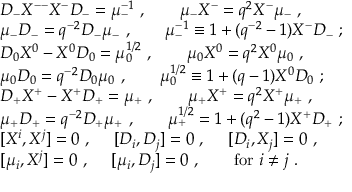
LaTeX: \begin{array} { l } { { { \cal D } _ { - } { \cal X } ^ { -- } { \cal X } ^ { - } { \cal D } _ { - } = \mu _ { - } ^ { - 1 } ~ , ~ ~ ~ ~ ~ ~ \mu _ { - } { \cal X } ^ { - } = q ^ { 2 } { \cal X } ^ { - } \mu _ { - } ~ , } } \\ { { \mu _ { - } { \cal D } _ { - } = q ^ { - 2 } { \cal D } _ { - } \mu _ { - } ~ , ~ ~ ~ ~ ~ ~ \mu _ { - } ^ { - 1 } \equiv 1 + ( q ^ { - 2 } - 1 ) { \cal X } ^ { - } { \cal D } _ { - } ~ ; } } \\ { { { \cal D } _ { 0 } { \cal X } ^ { 0 } - { \cal X } ^ { 0 } { \cal D } _ { 0 } = \mu _ { 0 } ^ { 1 / 2 } ~ , ~ ~ ~ ~ ~ ~ \mu _ { 0 } { \cal X } ^ { 0 } = q ^ { 2 } { \cal X } ^ { 0 } \mu _ { 0 } ~ , } } \\ { { \mu _ { 0 } { \cal D } _ { 0 } = q ^ { - 2 } { \cal D } _ { 0 } \mu _ { 0 } ~ , ~ ~ ~ ~ ~ ~ \mu _ { 0 } ^ { 1 / 2 } \equiv 1 + ( q - 1 ) { \cal X } ^ { 0 } { \cal D } _ { 0 } ~ ; } } \\ { { { \cal D } _ { + } { \cal X } ^ { + } - { \cal X } ^ { + } { \cal D } _ { + } = \mu _ { + } ~ , ~ ~ ~ ~ ~ ~ \mu _ { + } { \cal X } ^ { + } = q ^ { 2 } { \cal X } ^ { + } \mu _ { + } ~ , } } \\ { { \mu _ { + } { \cal D } _ { + } = q ^ { - 2 } { \cal D } _ { + } \mu _ { + } ~ , ~ ~ ~ ~ ~ ~ \mu _ { + } ^ { 1 / 2 } = 1 + ( q ^ { 2 } - 1 ) { \cal X } ^ { + } { \cal D } _ { + } ~ ; } } \\ { { [ { \cal X } ^ { i } , { \cal X } ^ { j } ] = 0 ~ , ~ ~ ~ ~ [ { \cal D } _ { i } , { \cal D } _ { j } ] = 0 ~ , ~ ~ ~ ~ [ { \cal D } _ { i } , { \cal X } _ { j } ] = 0 ~ , } } \\ { { [ \mu _ { i } , { \cal X } ^ { j } ] = 0 ~ , ~ ~ ~ ~ [ \mu _ { i } , { \cal D } _ { j } ] = 0 ~ , ~ ~ ~ ~ ~ ~ \mathrm { f o r } ~ i \not = j ~ . } } \end{array}